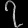
Digit: ၇